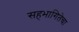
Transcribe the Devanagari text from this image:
सहभागितेचा